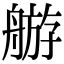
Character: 䑻